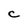
Character: C